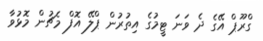
ގްރޫޕް އޭގެ ދެ ވަނަ ޓީމުގެ އިތުރުން ޕްލޭ އޮފް މެޗުން މޮޅުވާ